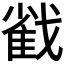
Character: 𢧵